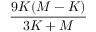
\frac { 9 K ( M - K ) } { 3 K + M }